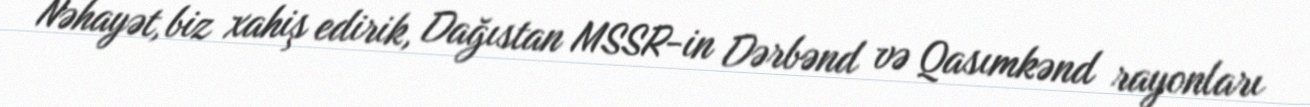
Nəhayət, biz xahiş edirik, Dağıstan MSSR-in Dərbənd və Qasımkənd rayonları